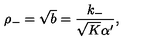
\rho _ { - } = \sqrt { b } = \frac { k _ { - } } { \sqrt { K } \alpha ^ { \prime } } ,